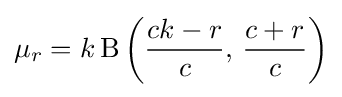
\mu _{r}=k\operatorname {\mathrm {B} } \left({\frac {ck-r}{c}},\,{\frac {c+r}{c}}\right)